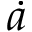
\dot { a }